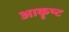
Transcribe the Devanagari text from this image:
आकॄष्‍ट